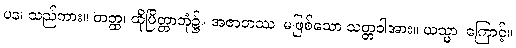
ပန၊ သည်ကား။ တတ္ထ၊ ထိုပြိတ္တာဘုံ၌။ အဇာတဿ၊ မဖြစ်သော သတ္တဝါအား။ ယသ္မာ၊ ကြောင့်။